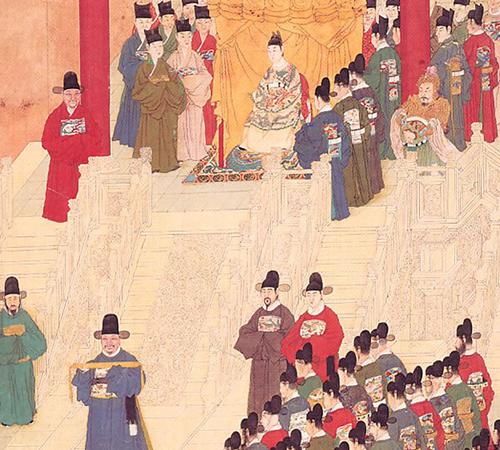
君使臣以礼，臣事君以忠。